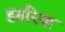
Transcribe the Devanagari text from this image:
डगरिया